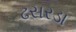
ઢસરડા